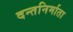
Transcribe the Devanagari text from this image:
दन्तनिर्माता